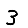
Digit: 3